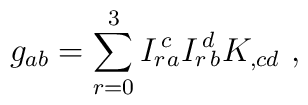
g_{ab} = \sum_{r=0}^3 I_{r}{\!}^c{\!}_a I_{r}{\!}^d{\!}_b K_{,cd}\ ,